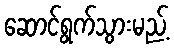
ဆောင်ရွက်သွားမည့်